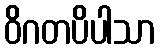
ဝိဂတပိပါသာ